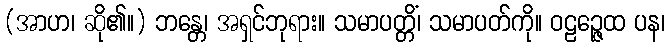
(အာဟ၊ ဆို၏။) ဘန္တေ၊ အရှင်ဘုရား။ သမာပတ္တိံ၊ သမာပတ်ကို။ ဝဠဉ္ဇေထ ပန၊